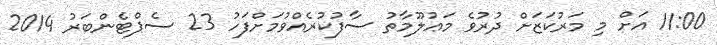
11:00 އަށް މި މަރުކަޒަށް ދުރުވެ މަޢުލޫމާތު ސާފުކުރެއްވުމަށްފަހު 23 ސެޕްޓެންބަރު 2014